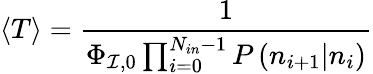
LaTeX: \left\langle T\right\rangle=\frac{1}{\Phi_{\mathcal{I},0}\prod_{i=0}^{N_{in}-1}{P\left({n_{i+1}|n_{i}}\right)}}